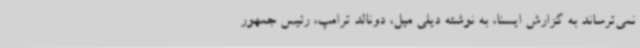
نمی‌ترساند به گزارش ایسنا، به نوشته دیلی میل، دونالد ترامپ، رئیس جمهور